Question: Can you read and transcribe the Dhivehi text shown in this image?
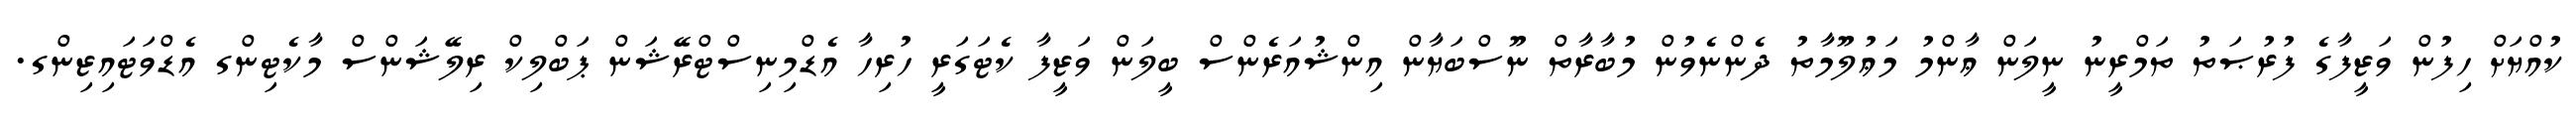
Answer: ކުއްޔަށް ހިފުން ވަޒީފާގެ ފުރުޞަތު ތަމްރީނު ނީލަން ޢާންމު މަޢުލޫމާތު ދެންނެވުން މުބާރާތް ނޫސްބަޔާން އިންޝުއަރެންސް ބީލަން ވަޒީފާ ކެޓަގަރީ ހުރިހާ އެޑްމިނިސްޓްރޭޝަން ޕަބްލިކް ރިލޭޝަންސް މާކެޓިންގ އެޑްވަޓައިޒިންގ.